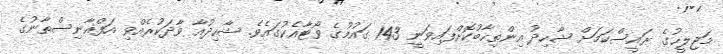
މަޖިލީހުގެ ރައީސްކަމަށް ޝާހިދު އިންތިހާބުކޮށްފައިވަނީ 143 ގައުމުގެ ވޯޓާއެކުގައެވެ. ޝާހިދުއާ ވާދަކުރެއްވި އަފްޣާނިސްތާނުގެ